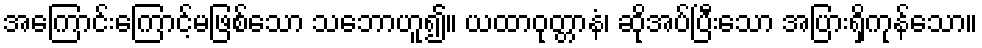
အကြောင်းကြောင့်မဖြစ်သော သဘောဟူ၍။ ယထာဝုတ္တာနံ၊ ဆိုအပ်ပြီးသော အပြားရှိကုန်သော။